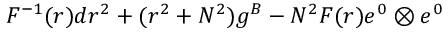
F ^ { - 1 } ( r ) d r ^ { 2 } + ( r ^ { 2 } + N ^ { 2 } ) g ^ { \cal B } - N ^ { 2 } F ( r ) e ^ { 0 } \otimes e ^ { 0 }